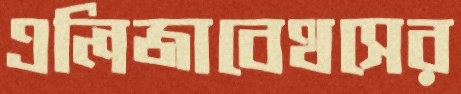
এলিজাবেথসের